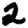
Digit: 2